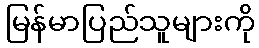
မြန်မာပြည်သူများကို